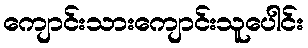
ကျောင်းသားကျောင်းသူပေါင်း